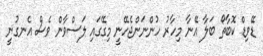
ޑޭވިޑް ކޮބާތޯ ބަލާ އޭނާ މިހާރު ހުންނަންޖެހޭނީ މިގޭގައި ލަސްވާން ވެސް އެނގުނީ